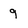
Character: 9